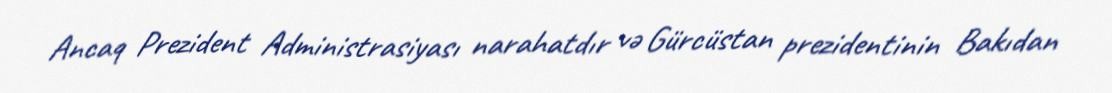
Ancaq Prezident Administrasiyası narahatdır və Gürcüstan prezidentinin Bakıdan